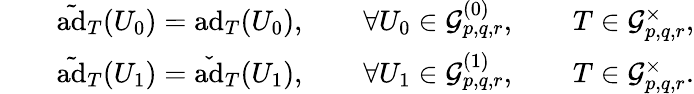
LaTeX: \begin{array}{rlr}&{}&{\tilde{\mathrm{ad}}_{T}(U_{0})=\mathrm{ad}_{T}(U_{0}),\qquad\forall U_{0}\in\mathcal{G}_{p,q,r}^{(0)},\qquad T\in\mathcal{G}_{p,q,r}^{\times},}\\ &{}&{\tilde{\mathrm{ad}}_{T}(U_{1})=\check{\mathrm{ad}}_{T}(U_{1}),\qquad\forall U_{1}\in\mathcal{G}_{p,q,r}^{(1)},\qquad T\in\mathcal{G}_{p,q,r}^{\times}.}\end{array}